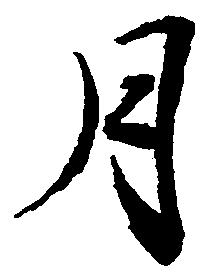
月